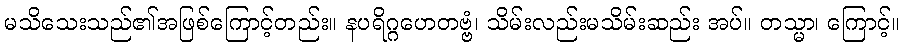
မသိသေးသည်၏အဖြစ်ကြောင့်တည်း။ နပရိဂ္ဂဟေတဗ္ဗံ၊ သိမ်းလည်းမသိမ်းဆည်း အပ်။ တသ္မာ၊ ကြောင့်။